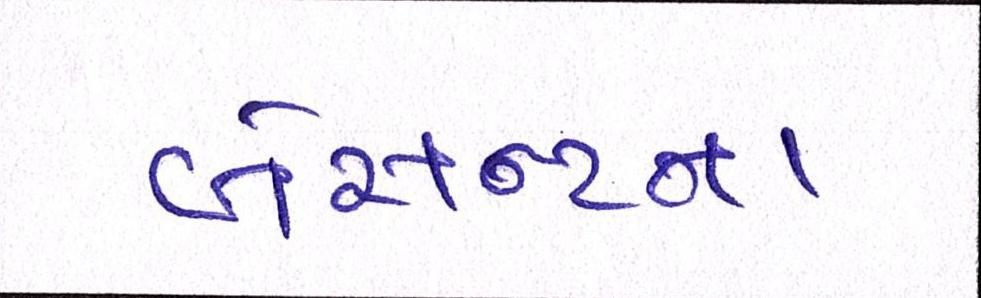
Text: બેસન્ટના